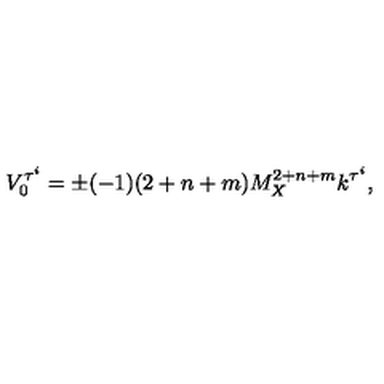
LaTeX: V _ { 0 } ^ { \tau ^ { i } } = \pm ( - 1 ) ( 2 + n + m ) M _ { X } ^ { 2 + n + m } k ^ { \tau ^ { i } } , \,